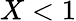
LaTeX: X<1